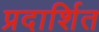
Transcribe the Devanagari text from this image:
प्रदार्शित